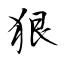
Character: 狠